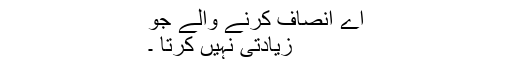
اے انصاف کرنے والے جو
زیادتی نہیں کرتا ۔